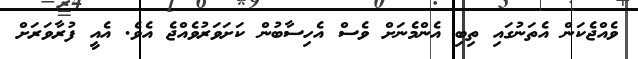
ވެއްޖެކަން އެތަނުގައި ތިބި އެންމެނަށް ވެސް އެހިސާބުން ކަށަވަރުވެއްޖެ އެވެ. އެއީ ފުރާވަރަށް